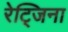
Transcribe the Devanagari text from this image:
रेट्जिना